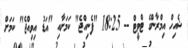
ޝެއިހް އިމްރާންގެ ޓްވީޓް -- 18:25 "ފެނިއްޖެ" ކަމަށާއި "އަޑު އިވިއްޖެ" ކަމަށް